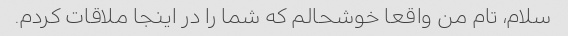
سلام، تام من واقعا خوشحالم که شما را در اینجا ملاقات کردم.